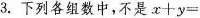
3.下列各组数中，不是 $$x + y =